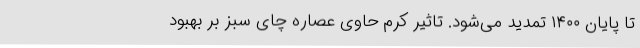
تا پایان ۱۴۰۰ تمدید می‌شود. تاثیر کرم حاوی عصاره چای سبز بر بهبود